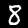
Label: 8